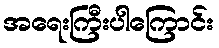
အရေးကြီးပါကြောင်း